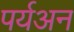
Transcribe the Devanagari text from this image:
पर्यअन